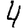
Digit: 4